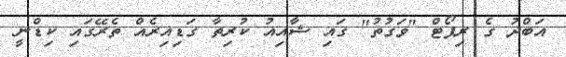
އަބްދު ގެ ރިޕޯޓް "ވަގުތު" ގައި ޝާއިއު ކުރިތާ ގަޑިއިރެއް ތެރޭގައި ކިޑްނީ